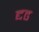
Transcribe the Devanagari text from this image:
द्दढ